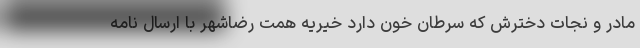
مادر و نجات دخترش که سرطان خون دارد خیریه همت رضاشهر با ارسال نامه